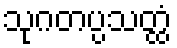
သုဂတပ္ပသတ္ထံ